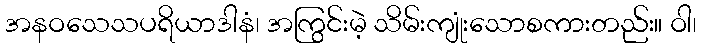
အနဝသေသပရိယာဒါနံ၊ အကြွင်းမဲ့ သိမ်းကျုံးသောစကားတည်း။ ဝါ၊